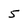
Character: 5